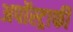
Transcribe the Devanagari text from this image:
अपॉस्ट्राफी